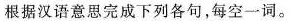
根据汉语意思完成下列各句，每空一词。